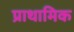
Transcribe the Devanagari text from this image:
प्राथामिक